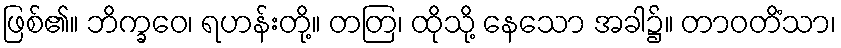
ဖြစ်၏။ ဘိက္ခဝေ၊ ရဟန်းတို့။ တတြ၊ ထိုသို့ နေသော အခါ၌။ တာဝတိံသာ၊